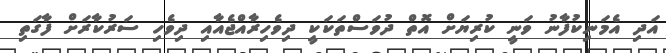
އަދި އެމަނިކުފާނު ވަނީ ކުރިޔަށް އޮތް ދުވަސްތަކަކީ ދިވެހިރާއްޖެއާއި ދިވެހި ސަރުކާރަށް ފާގަތި